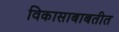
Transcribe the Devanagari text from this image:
विकासाबाबतीत